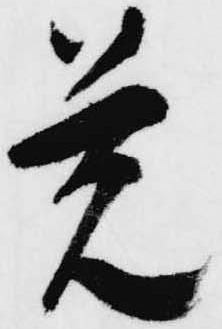
覚